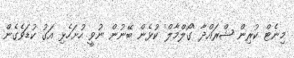
މިނެޓް ކުރިން ޝްރައްދާ 'ގޯލްމާލް' ކުޅެން ބޭނުން ނުވީ ހުށަހެޅި އަގު ކުޑަވެގެން